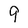
Character: 9